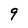
Character: 9